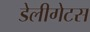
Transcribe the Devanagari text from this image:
डेलीगेटस